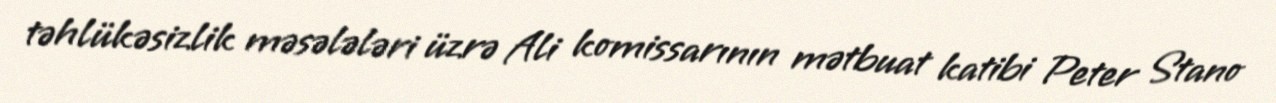
təhlükəsizlik məsələləri üzrə Ali komissarının mətbuat katibi Peter Stano